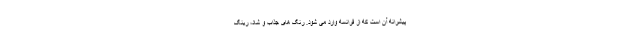
پیشرانه آن است که از فرانسه وارد می شود. رنگ های جذاب و شاد، رینگ